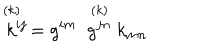
\stackrel { ( k ) \; \; } { k ^ { i j } } = { g ^ { i m } } \; \stackrel { ( k ) } { g ^ { j n } } k _ { m n }